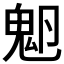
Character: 𩲂